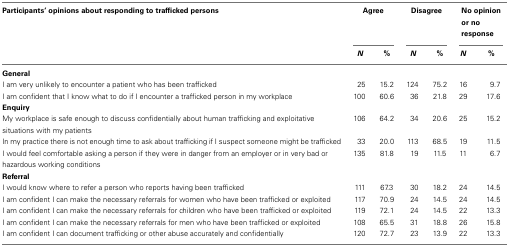
| Participants’ opinions about responding to trafficked persons | <COLSPAN=2> Agree | <COLSPAN=2> Disagree | <COLSPAN=2> No opinion or no response |
 |  | N | % | N | % | N | % |
 | --- | --- | --- | --- | --- | --- | --- |
 | General |
 | I am very unlikely to encounter a patient who has been trafficked | 25 | 15.2 | 124 | 75.2 | 16 | 9.7 |
 | I am confident that I know what to do if I encounter a trafficked person in my workplace | 100 | 60.6 | 36 | 21.8 | 29 | 17.6 |
 | Enquiry |
 | My workplace is safe enough to discuss confidentially about human trafficking and exploitative situations with my patients | 106 | 64.2 | 34 | 20.6 | 25 | 15.2 |
 | In my practice there is not enough time to ask about trafficking if I suspect someone might be trafficked | 33 | 20.0 | 113 | 68.5 | 19 | 11.5 |
 | I would feel comfortable asking a person if they were in danger from an employer or in very bad or hazardous working conditions | 135 | 81.8 | 19 | 11.5 | 11 | 6.7 |
 | Referral |
 | I would know where to refer a person who reports having been trafficked | 111 | 67.3 | 30 | 18.2 | 24 | 14.5 |
 | I am confident I can make the necessary referrals for women who have been trafficked or exploited | 117 | 70.9 | 24 | 14.5 | 24 | 14.5 |
 | I am confident I can make the necessary referrals for children who have been trafficked or exploited | 119 | 72.1 | 24 | 14.5 | 22 | 13.3 |
 | I am confident I can make the necessary referrals for men who have been trafficked or exploited | 108 | 65.5 | 31 | 18.8 | 26 | 15.8 |
 | I am confident I can document trafficking or other abuse accurately and confidentially | 120 | 72.7 | 23 | 13.9 | 22 | 13.3 |